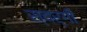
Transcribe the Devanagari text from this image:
स्वर्गीं